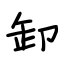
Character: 卸